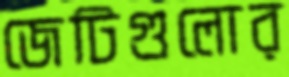
জেটিগুলোর